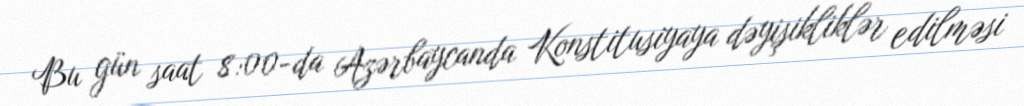
Bu gün saat 8:00-da Azərbaycanda Konstitusiyaya dəyişikliklər edilməsi